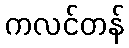
ကလင်တန်